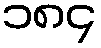
၁၈၄